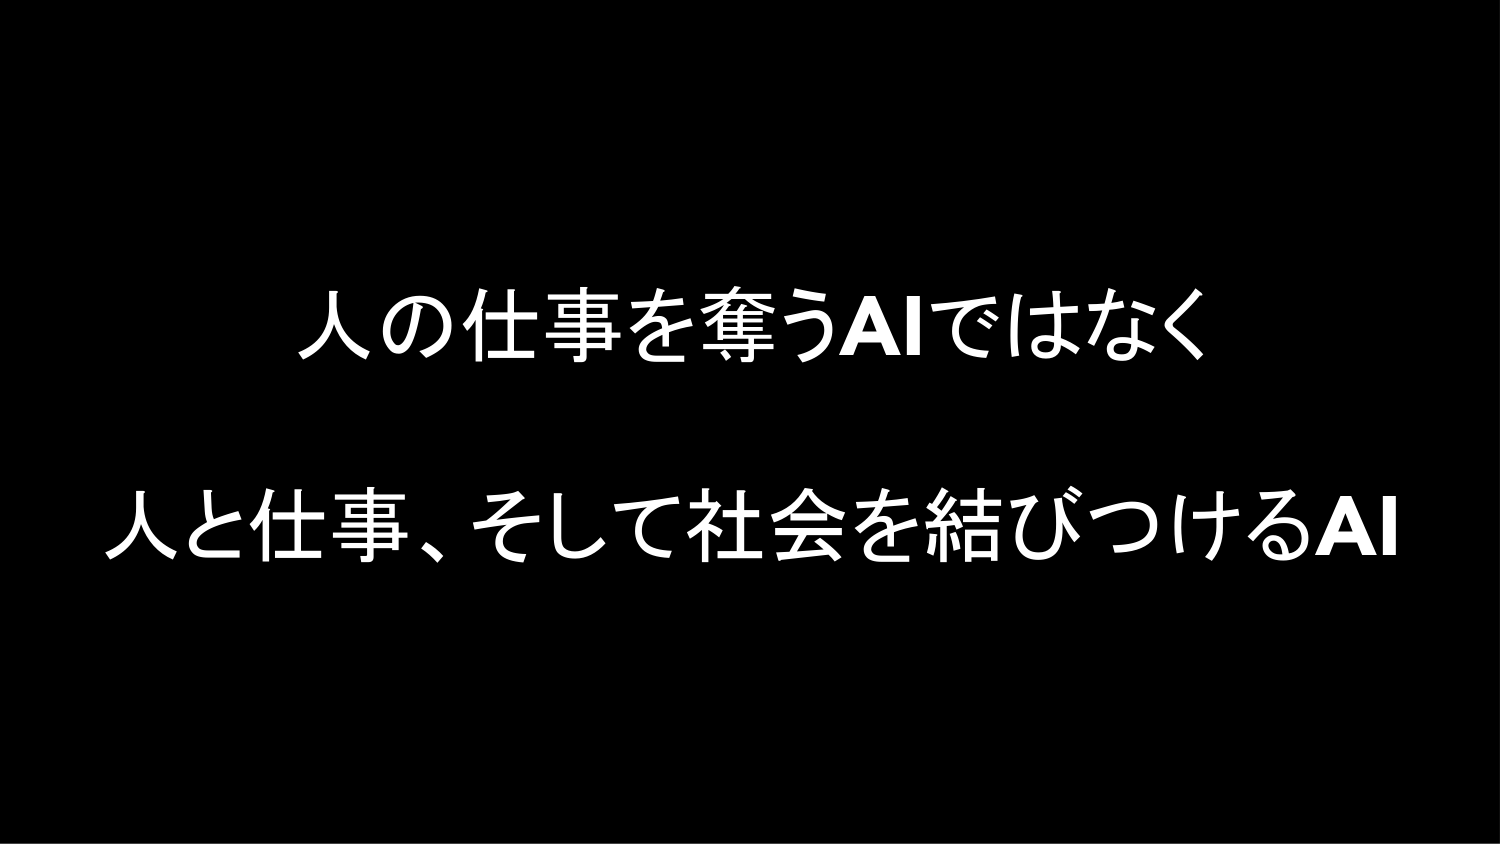
人の仕事を奪うAIではなく
人と仕事、そして社会を結びつけるAI